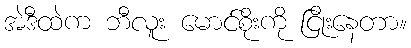
အဲဒီထဲက ဘီလူး မောင်စိုးကို ငြိုးနေတာ။